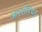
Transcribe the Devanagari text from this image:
आश्शीर्वचन